Preparation of a safe and efficient antirabic vaccine - Number 44
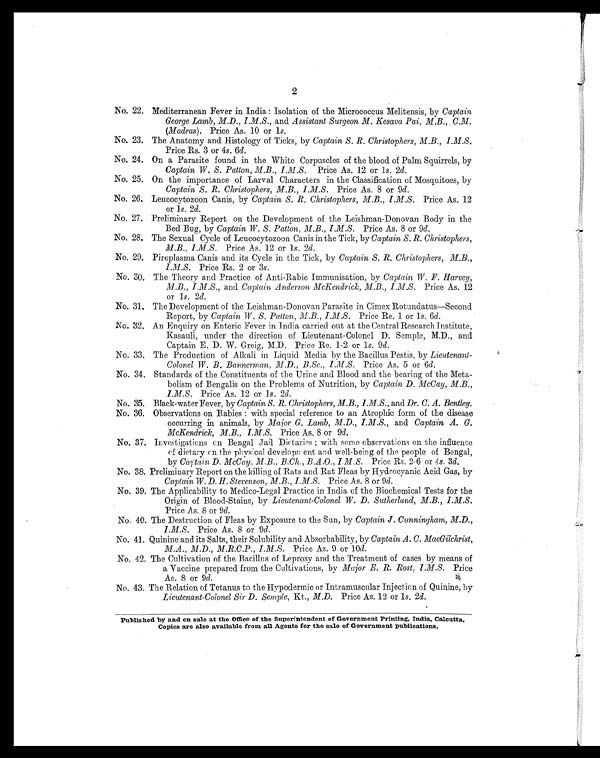
2
No. 22. Mediterranean Fever in India : Isolation of the Micrococcus Melitensis, by Captain
George Lamb, M.D., I.M.S., and Assistant Surgeon M. Kesava Pai, M.B., C.M.
(Madras). Price As. 10 or 1s.
No. 23. The Anatomy and Histology of Ticks, by Captain S. R. Christophers, M.B., I.M.S.
Price Rs. 3 or 4s. 6 d.
No. 24. On a Parasite found in the White Corpuscles of the blood of Palm Squirrels, by
Captain W. S. Patton, M.B., I.M.S. Price As. 12 or 1s. 2d.
No. 25. On the importance of Larval Characters in the Classification of Mosquitoes, by
Captain S. R. Christophers, M.B., I.M.S. Price As. 8 or 9 d .
No. 26. Leucocytozoon Canis, by Captain S. R. Christophers, M.B., I.M.S. Price As. 12
or 1s. 2d.
No. 27. Preliminary Report on the Development of the Leishman-Donovan Body in the
Bed Bug, by Captain W. S. Patton, M.B., I.M.S. Price As. 8 or 9d.
No. 28. The Sexual Cycle of Leucocytozoon Canis in the Tick, by Captain S. R. Christophers,
M.B. I.M.S. Price As. 12 or 1s. 2d .
No. 29, Piroplasma Canis and its Cycle in the Tick, by Captain S. R. Christophers, M.B.,
I.M.S. Price Rs. 2 or 3s .
No. 30. The Theory and Practice of Anti-Rabic Immunisation, by Captain W. F. Harvey,
M.B., I.M.S., and Captain Anderson McKendrick, M.B., I.M.S. Price As. 12
or 1s. 2d .
No. 31. The Development of the Leishman-Donovan Parasite in Cimex Rotundatus-Second
Report, by Captain W. S. Patton, M.B., I.M.S. Price Re. 1 or 1s. 6d .
No. 32. An Enquiry on Enteric Fever in India carried out at the Central Research Institute,
Kasauli, under the direction of Lieutenant-Colonel D. Semple, M.D., and
Captain E. D. W. Greig, M.D. Price Re. 1-2 or 1 s. 9d .
No. 33. The Production of Alkali in Liquid Media by the Bacillus Pestis, by Lieutenant-
Colonel W. B. Bannerman, M.D ., B.Sc., I.M.S. Price As. 5 or 6 d .
No. 34. Standards of the Constituents of the Urine and Blood and the bearing of the Meta-
bolism of Bengalis on the Problems of Nutrition, by Captain D. McCay, M.B.,
I.M.S. Price As. 12 or I s . 2d.
No. 35. Black-water Fever, by Captain S. R. Christophers, M.B., I.M.S., and Dr. C. A. Bentley.
No. 36. Observations on Rabies : with special reference to an Atrophic form of the disease
occurring in animals, by Major G. Lamb, M.D., I.M.S., and Captain A. G.
McKendrick, M.B., I.M.S. Price As. 8 or 9d.
No. 37. Investigations on Bengal Jail Dietaries : with some observations on the influence
of dietary on the physical development ent and well-being of the people of Bengal,
by Captain D. McCay, M.B., B.Ch., B.A.O., I.M.S. Price Rs. 2-6 or 4 s. 3d.
No. 38. Preliminary Report on the killing of Rats and Rat Fleas by Hydrocyanic Acid Gas, by
Captain W. D. H. Stevenson, M.B., I.M.S. Price As. 8 or 9 d.
No. 39. The Applicability to Medico-Legal Practice in India of the Biochemical. Tests for the
Origin of Blood-Stains, by Lieutenant-Colonel W . D. Sutherland, M.B., I.M.S.
Price As. 8 or 9 d.
No. 40. The Destruction of Fleas by Exposure to the Sun, by Captain J. Cunningham, M.D.,
Price As. 8 or 9 d .
No. 41. Quinine and its Salts, their Solubility and Absorbability, by Captain A. C. MacGilchrist,
M.A., M.D., M.R.C.P., I.M.S. Price As. 9 or 10 d .
No. 42. The Cultivation of the Bacillus of Leprosy and the Treatment of cases by means of
a Vaccine prepared from the Cultivations, by Major E. R. Rost, I.M.S. Price
As. 8 or 9d.
No. 43. The Relation of Tetanus to the Hypodermic or Intramuscular. Injection of Quinine, by
Lieutenant-Colonel Sir D. Semple, Kt., M.D. Price As. 12 or 1 s. 2d .
Published by and on sale at the Office of the Superintendent of Government Printing, India, Calcutta.
Copies are also available from all Agents for the sale of Government publications.